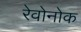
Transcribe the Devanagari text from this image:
रेवोनोक